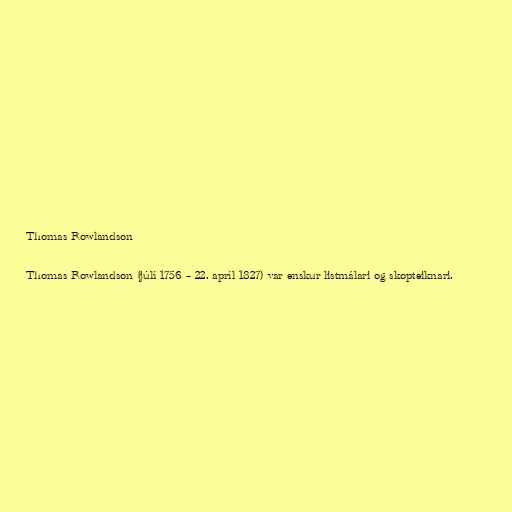
Thomas Rowlandson

Thomas Rowlandson (júlí 1756 – 22. apríl 1827) var enskur listmálari og skopteiknari.